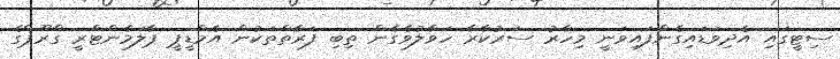
ސިޓީގައި އެދިވަޑައިގެންފައިވަނީ މިހާރު ސަރުކާރާ ހަވާލުވެގެން ތިބި ފަރާތްތަކުން އެމްޑީޕީ ޕާލަމެންޓްރީ ގްރޫޕްގެ